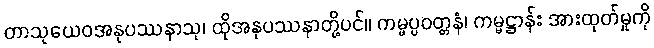
တာသုယေဝအနုပဿနာသု၊ ထိုအနုပဿနာတို့ပင်။ ကမ္မပ္ပဝတ္တနံ၊ ကမ္မဋ္ဌာန်း အားထုတ်မှုကို